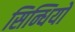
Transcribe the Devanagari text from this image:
सिन्धियों